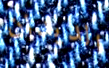
الديدان